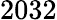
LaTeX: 2032